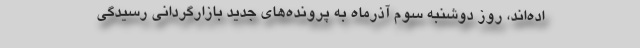
اده‌اند، روز دوشنبه سوم آذرماه به پرونده‌های جدید بازارگردانی رسیدگی